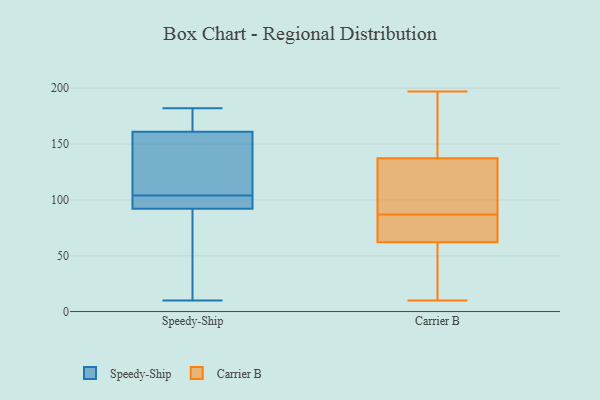
{"axis": {"x": "Tickets Resolved", "y": "Value"}, "legend": ["Carrier B", "Speedy-Ship"], "data": [{"x": "", "y": 92, "type": "Speedy-Ship"}, {"x": "", "y": 10, "type": "Speedy-Ship"}, {"x": "", "y": 167, "type": "Speedy-Ship"}, {"x": "", "y": 103, "type": "Speedy-Ship"}, {"x": "", "y": 105, "type": "Speedy-Ship"}, {"x": "", "y": 182, "type": "Speedy-Ship"}, {"x": "", "y": 95, "type": "Speedy-Ship"}, {"x": "", "y": 89, "type": "Speedy-Ship"}, {"x": "", "y": 110, "type": "Speedy-Ship"}, {"x": "", "y": 161, "type": "Speedy-Ship"}, {"x": "", "y": 23, "type": "Carrier B"}, {"x": "", "y": 96, "type": "Carrier B"}, {"x": "", "y": 10, "type": "Carrier B"}, {"x": "", "y": 87, "type": "Carrier B"}, {"x": "", "y": 68, "type": "Carrier B"}, {"x": "", "y": 60, "type": "Carrier B"}, {"x": "", "y": 151, "type": "Carrier B"}, {"x": "", "y": 71, "type": "Carrier B"}, {"x": "", "y": 86, "type": "Carrier B"}, {"x": "", "y": 29, "type": "Carrier B"}, {"x": "", "y": 90, "type": "Carrier B"}, {"x": "", "y": 189, "type": "Carrier B"}, {"x": "", "y": 68, "type": "Carrier B"}, {"x": "", "y": 158, "type": "Carrier B"}, {"x": "", "y": 94, "type": "Carrier B"}, {"x": "", "y": 177, "type": "Carrier B"}, {"x": "", "y": 90, "type": "Carrier B"}, {"x": "", "y": 17, "type": "Carrier B"}, {"x": "", "y": 197, "type": "Carrier B"}]}